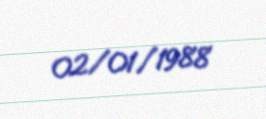
02/01/1988